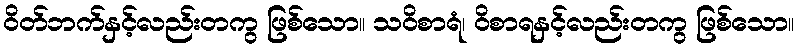
ဝိတ်ဘက်နှင့်လည်းတကွ ဖြစ်သော။ သဝိစာရံ၊ ဝိစာရနှင့်လည်းတကွ ဖြစ်သော။